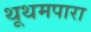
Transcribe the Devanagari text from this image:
थूथमपारा